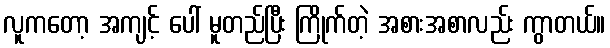
လူကတော့ အကျင့် ပေါ် မူတည်ပြီး ကြိုက်တဲ့ အစားအစာလည်း ကွာတယ်။